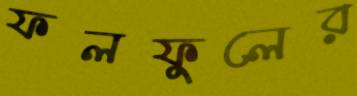
ফলফুলের